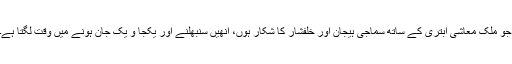
جو ملک معاشی ابتری کے ساتھ سماجی ہیجان اور خلفشار کا شکار ہوں، انھیں سنبھلنے اور یکجا و یک جان ہونے میں وقت لگتا ہے۔